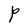
Character: P